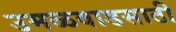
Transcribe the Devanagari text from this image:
उमळवाडसाठी